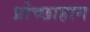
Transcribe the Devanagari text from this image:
प्रोच्छाहान